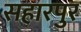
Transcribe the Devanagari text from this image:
सहारपुर